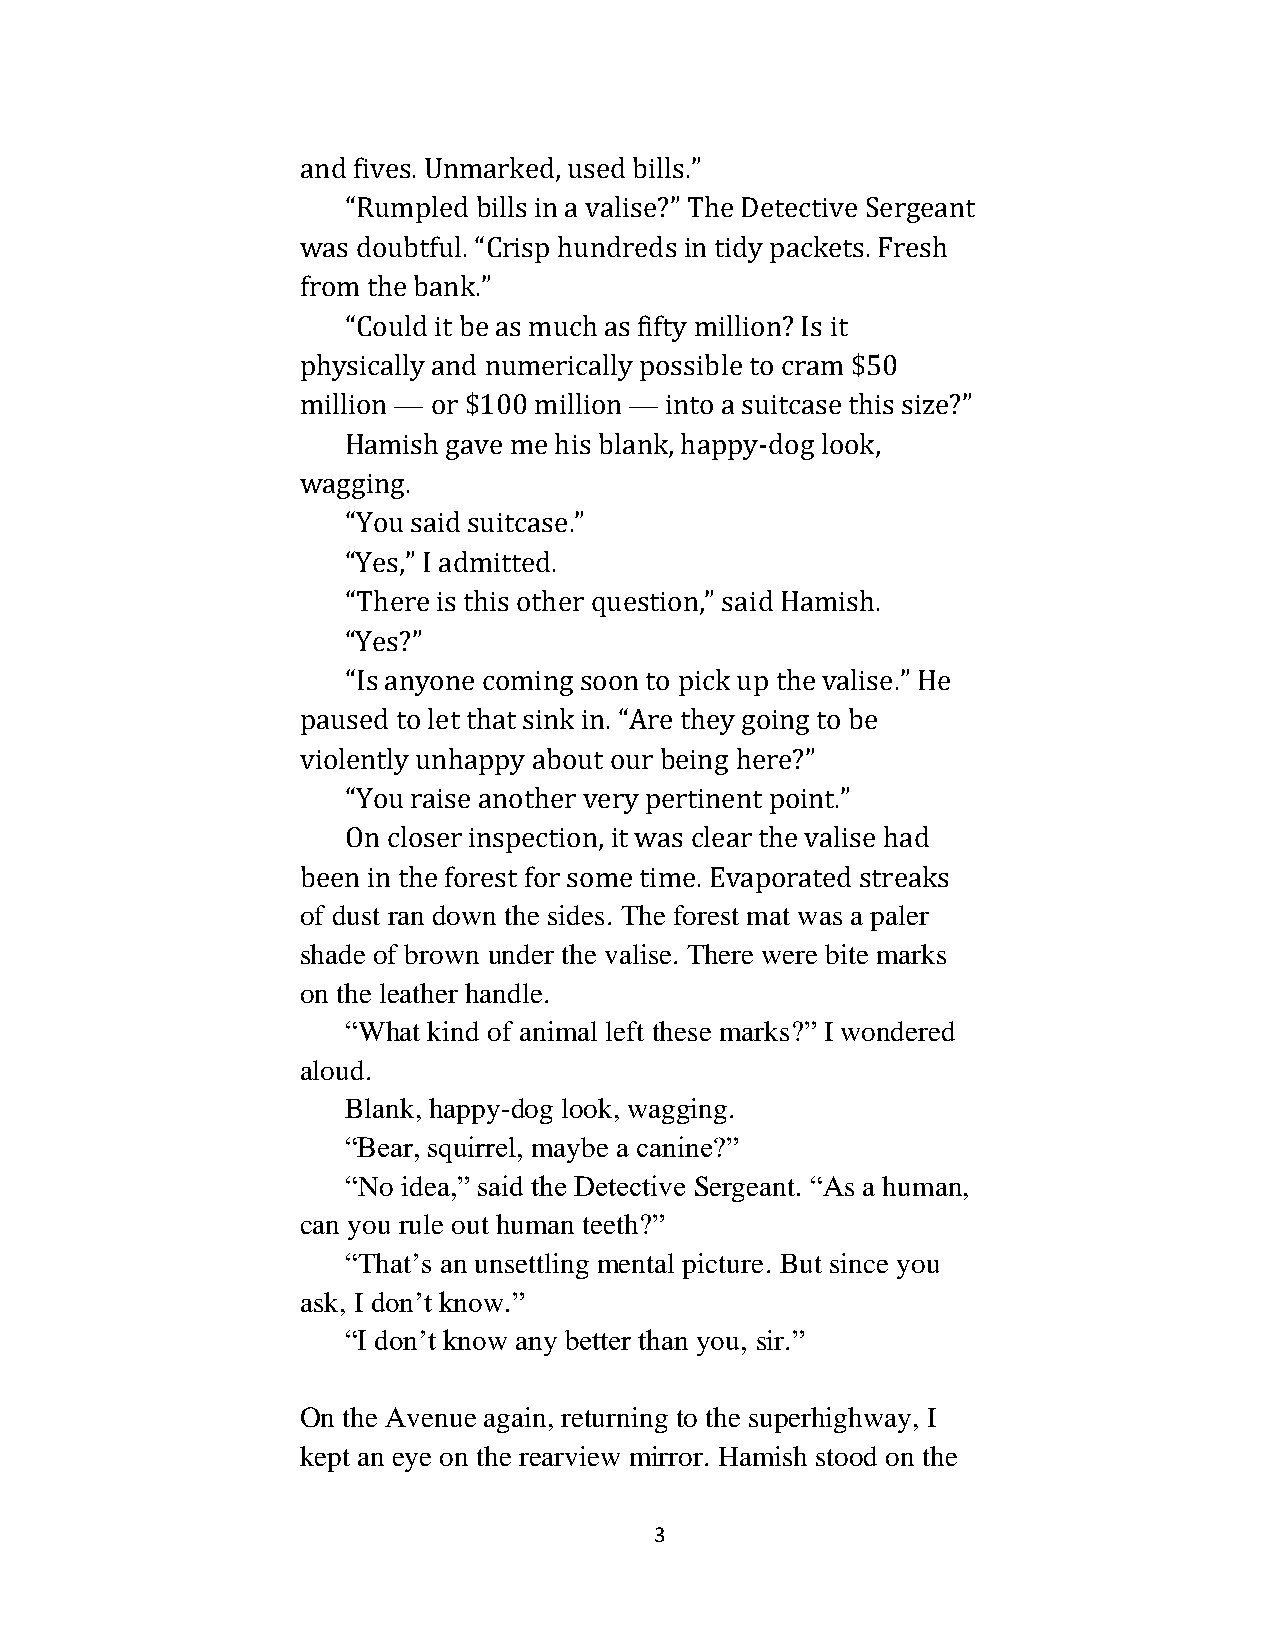
and fives. Unmarked, used bills.”
 “Rumpled bills in a valise?” The Detective Sergeant
 was doubtful. “Crisp hundreds in tidy packets. Fresh
 from the bank.”
 “Could it be as much as fifty million? Is it
 physically and numerically possible to cram $50
 million — or $100 million — into a suitcase this size?”
 Hamish gave me his blank, happy-dog look,
 wagging.
 “You said suitcase.”
 “Yes,” I admitted.
 “There is this other question,” said Hamish.
 “Yes?”
 “Is anyone coming soon to pick up the valise.” He
 paused to let that sink in. “Are they going to be
 violently unhappy about our being here?”
 “You raise another very pertinent point.”
 On closer inspection, it was clear the valise had
 been in the forest for some time. Evaporated streaks
 of dust ran down the sides. The forest mat was a paler
 shade of brown under the valise. There were bite marks
 on the leather handle.
 “What kind of animal left these marks?” I wondered
 aloud.
 Blank, happy-dog look, wagging.
 “Bear, squirrel, maybe a canine?”
 “No idea,” said the Detective Sergeant. “As a human,
 can you rule out human teeth?”
 “That’s an unsettling mental picture. But since you
 ask, I don’t know.”
 “I don’t know any better than you, sir.”
 On the Avenue again, returning to the superhighway, I
 kept an eye on the rearview mirror. Hamish stood on the
 3